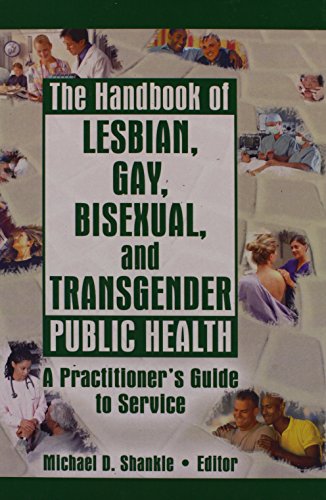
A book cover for The Handbook of Lesbian, Gay, Bisexual, and Transgender Public Health: A Practitioner's Guide to Service; Gay & Lesbian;